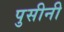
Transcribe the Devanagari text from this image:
पुसीनी